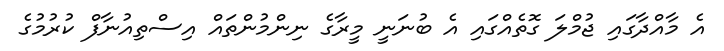
އެ މާއްދާގައި ޖުމްލަ ގޮތެއްގައި އެ ބުނަނީ މީރާގެ ނިންމުންތައް އިސްތިއުނާފް ކުރުމުގެ